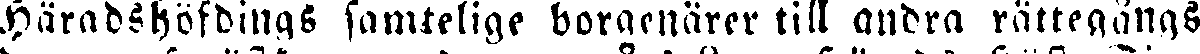
Häradshöfdings samtelige borgenärer till andra rättegångs